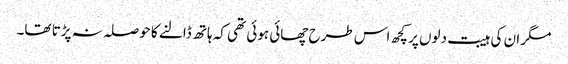
مگر ان کی ہیبت دلوں پر کچھ اس طرح چھائی ہوئی تھی کہ ہاتھ ڈالنے کا حوصلہ نہ پڑتا تھا۔